Note on the mental hospitals in Burma - 1925-1940
Year: 1925
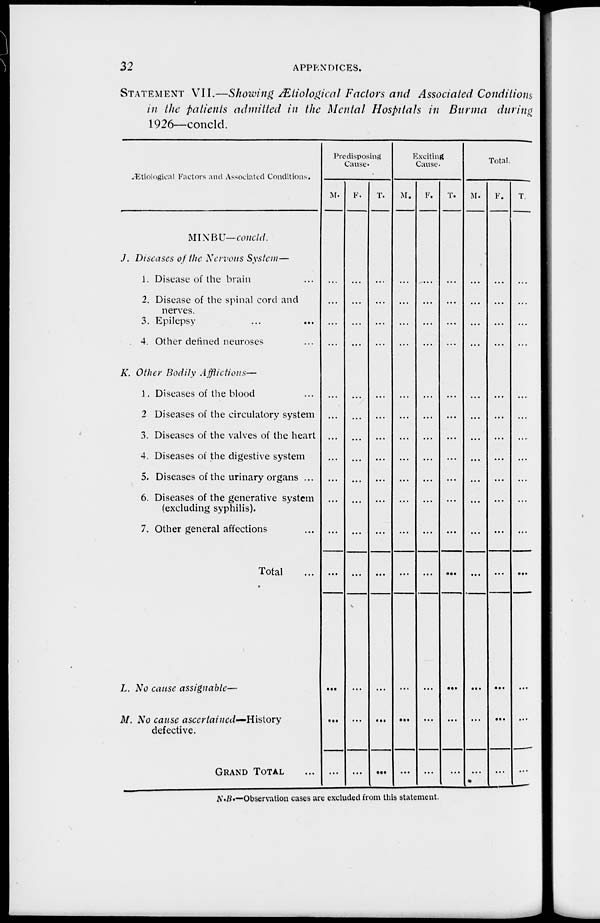
32
APPENDICES.
STATEMENT VII.—Showing Ætiological Factors and Associated Conditions
in the patients admitted in the Mental Hospitals in Burma during
1926—concld.
Ætiological Factors and Associated Conditions.
MINBU—concld.
J. Diseases of the Nervous System—
1. Disease of the brain ...
2. Disease of the spinal cord and
nerves.
3. Epilepsy ... ...
4. Other defined neuroses ...
K. Other Bodily Afflictions—
1. Diseases of the blood ...
2 Diseases of the circulatory system
3. Diseases of the valves of the heart
4. Diseases of the digestive system
5. Diseases of the urinary organs ...
6. Diseases of the generative system
(excluding syphilis).
7. Other general affections ...
Total ...
L. No cause assignable—
M. No cause
ascertained—History
defective.
GRAND TOTAL
Predisposing
Cause.
M.
...
...
...
...
...
...
...
...
...
...
...
...
...
...
...
F.
...
...
...
...
...
...
...
...
...
...
...
...
...
...
T.
...
...
...
...
...
...
...
...
...
...
...
...
...
...
...
Exciting
Cause.
M.
...
...
...
...
...
...
...
...
...
...
...
...
...
...
...
F.
...
...
...
...
...
...
...
...
...
...
...
...
...
...
...
T.
...
...
...
...
...
...
...
...
...
...
...
...
...
...
...
Total.
M.
...
...
...
...
...
...
...
...
...
...
...
...
...
...
...
F.
...
...
...
...
...
...
...
...
...
...
...
...
...
...
...
T.
...
...
...
...
...
...
...
...
...
...
...
...
...
...
...
N.B.—Observation cases are excluded from this statement.